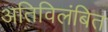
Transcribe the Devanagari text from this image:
अतिविलंबित